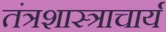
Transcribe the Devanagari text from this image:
तंत्रशास्त्राचार्य